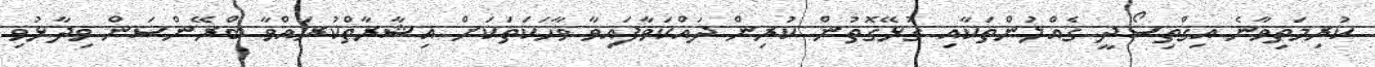
ކުރިމަތިވާނެ އިގްތިސޯދީ ގެއްލުންތަކާއި ގުޅޭގޮތުން ކުރިން ދައްކަވާފައިވާ ވާހަކަތަކަށް އިޝާރާތްކުރައްވާ ބްރޭންސަން ވިދާޅުވި